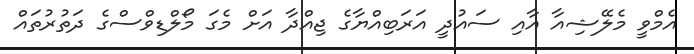
އެމްވީ މެލޭޝިއާ އާއި ސައުދީ އަރަބިއްޔާގެ ޖިއްދާ އަށް މެގަ މޯލްޑިވްސްގެ ދަތުރުތައް